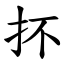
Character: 抔